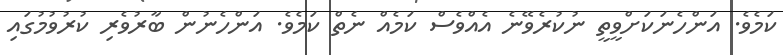
ކަމެވެ. އަންހެނަކަށްވީތީ ނުކުރެވޭނެ އެއްވެސް ކަމެއް ނެތް ކަމެވެ. އަންހެނުން ބާރުވެރި ކުރުވުމުގައި